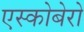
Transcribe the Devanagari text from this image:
एस्कोबेरो